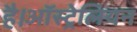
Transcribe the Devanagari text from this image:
है।ऑस्ट्रेलियन